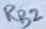
Text: RB2